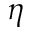
\eta